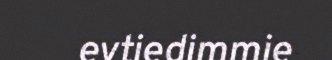
evtiedimmie